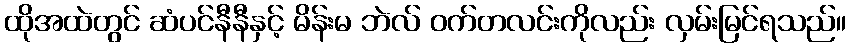
ထိုအထဲတွင် ဆံပင်နီနီနှင့် မိန်းမ ဘဲလ် ဝက်တလင်းကိုလည်း လှမ်းမြင်ရသည်။